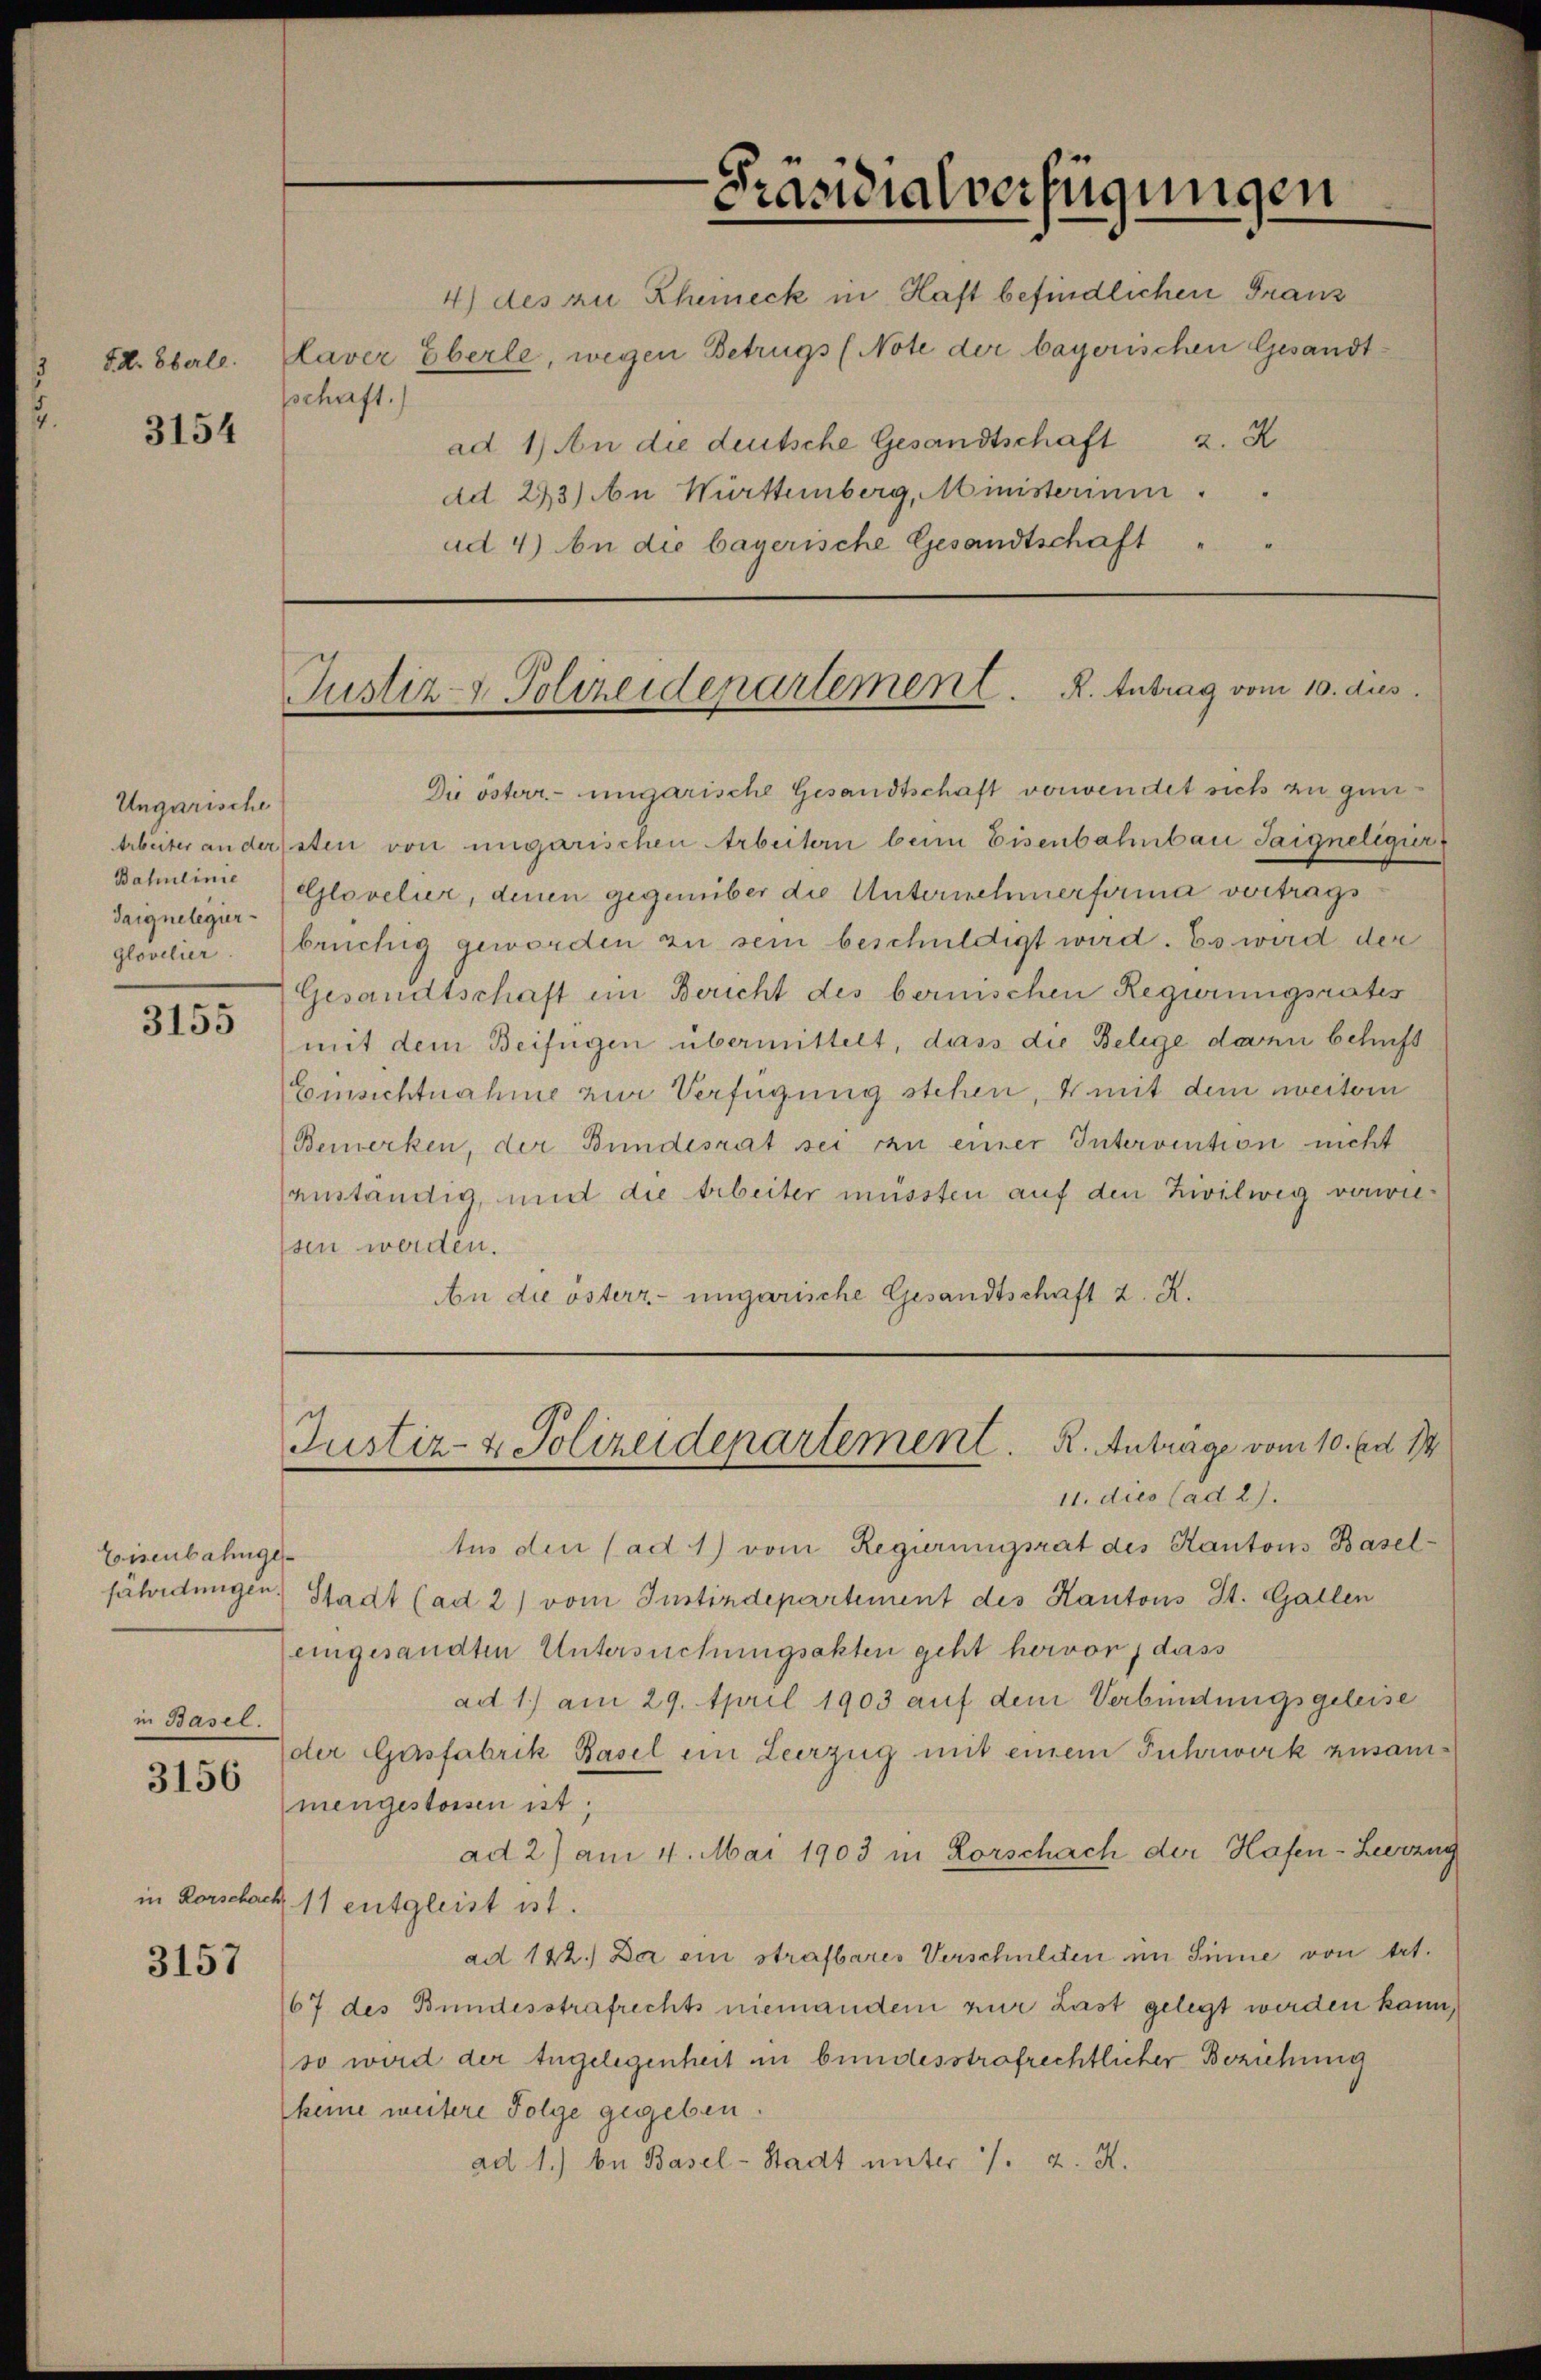
sschaft.

3154

Ungarische
Bahnlinie
Taignelegier

3155

Eisenbahngein Basel.

3156

in Rorschach

3157

Präsidialverfügungen
4) des zu Rheineck in Haft befindlichen Franz
Sd. Eberle. Claver Eberle, wegen Betrugs (Note der bayerischen Gesandtad 1) An die deutsche Gesandtschaft 2. K
ad 223) An Württemberg, Ministerium
ad 4) An die bayerische Gesandtschaft

Justiz- & Polizeidenartement. R. Antrag vom 10. dies

Die österr.-ungarische Gesandtschaft vorwendet sich zu gun
Arbeiter andersten von ungarischen Arbeitern beim Eisenbahnbau Saigneligirt
Glovelier, denen gegenüber die Unternehmerfirma vertrags
glovelier. (brüchig geworden zu sein beschuldigt wird. Es wird der
Gesandtschaft im Bericht des bernischen Regierungsrates
mit dem Beifügen übermittelt, dass die Belege dann behaft
Emsichtnahme zur Verfügung stehen, 4 mit dem weitern
Bemerken, der Bundesrat sei zu einer Intervention nicht
anständig, und die Arbeiter müssten auf den Zivilweg vorweisen werden.
An die österz- ungarische Gesandtschaft z. R.

tus den (ad 1) vom Regierungsrat des Kantons Basel-
fährdungen Stadt (ad 2) vom Justizdepartement des Kantons St. Gallen
eingesandten Untersuchungsakten geht hervor, dass
ad 1.) am 29. April 1903 auf dem Verbindungsgeleise
der Gasfabrik Basel ein Leerzug mit einem Fuhrwerk zusammengestossen ist;
ad 2) am 1. Mai 1903 in Lorschach der Hafen-Leerzug
11 entgleist ist.
ad 142.) Der ein strafbares Verschulden im Sinne von Art.
67 des Bundesstrafrechts niemanden zur Last gelegt werden kann,
so wird der Engelegenheit in bundesstrafrechtlicher Beziehung
keine weitere Folge gegeben.
ad 1.) bei Basel-Stadt unter 1. 2. X.

Justiz- & Polizeidepartement. R. Antrage vom 10. Ed. 17
11. dies (ad 2).